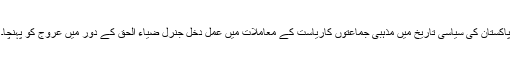
پاکستان کی سیاسی تاریخ میں مذہبی جماعتوں کاریاست کے معاملات میں عمل دخل جنرل ضیاء الحق کے دور میں عروج کو پہنچا۔